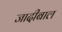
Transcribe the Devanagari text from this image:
जादीबाल